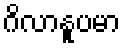
ဂိလာနူပမာ